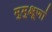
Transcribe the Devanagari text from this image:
मुमुक्षूणां